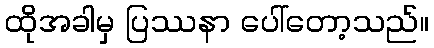
ထိုအခါမှ ပြဿနာ ပေါ်တော့သည်။